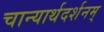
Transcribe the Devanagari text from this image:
चान्यार्थदर्शनम्